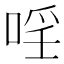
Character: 𱓈